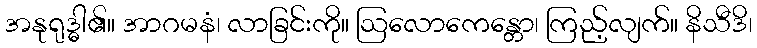
အနုရုဒ္ဓါ၏။ အာဂမနံ၊ လာခြင်းကို။ ဩလောကေန္တော၊ ကြည့်လျက်။ နိသီဒိ၊